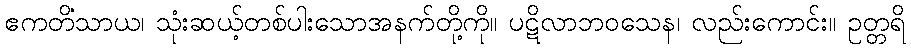
ဧကတိံသာယ၊ သုံးဆယ့်တစ်ပါးသောအနက်တို့ကို။ ပဋိလာဘဝသေန၊ လည်းကောင်း။ ဥတ္တရိ